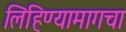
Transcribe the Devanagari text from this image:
लिहिण्यामागचा